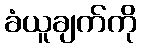
ခံယူချက်ကို